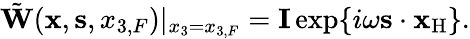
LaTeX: \begin{array}{r}{\tilde{\mathbf W}({{\mathbf x}},{{\mathbf s}},{x_{3,F}})|_{x_{3}={x_{3,F}}}={\mathbf I}\exp\{ i\omega{{\mathbf s}}\cdot{{\mathbf x}_{\mathrm{H}}}\} .}\end{array}